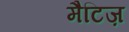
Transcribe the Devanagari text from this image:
मैटिज़